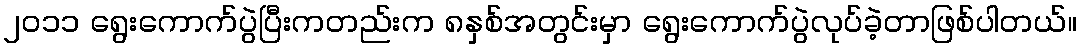
၂၀၁၁ ရွေးကောက်ပွဲပြီးကတည်းက ၈နှစ်အတွင်းမှာ ရွေးကောက်ပွဲလုပ်ခဲ့တာဖြစ်ပါတယ်။